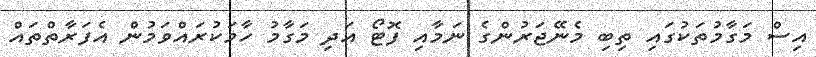
އިސް މަގާމުތަކުގައި ތިބި މެނޭޖަރުންގެ ނަމާއި ފޮޓޯ އަދި މަގާމު ހާމަކުރައްވަމުން އެފަރާތްތައް